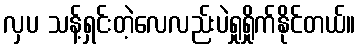
လှပ သန့်ရှင်းတဲ့လေလည်းပဲရှုရှိုက်နိုင်တယ်။